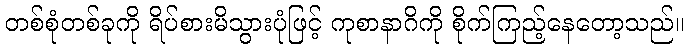
တစ်စုံတစ်ခုကို ရိပ်စားမိသွားပုံဖြင့် ကုစာနာဂိကို စိုက်ကြည့်နေတော့သည်။